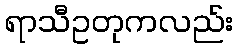
ရာသီဥတုကလည်း